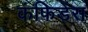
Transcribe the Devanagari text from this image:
कंफिडेंस